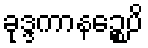
ခုဒ္ဒကာနဉ္စေပိ